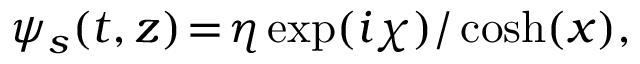
\begin{array} { r } { \psi _ { s } ( t , z ) \! = \! \eta \exp ( i \chi ) / \cosh ( x ) , } \end{array}